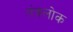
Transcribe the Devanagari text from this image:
तंत्रलोक